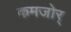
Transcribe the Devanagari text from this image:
कमजोर्